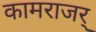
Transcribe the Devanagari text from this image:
कामराजर्